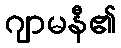
ဂျာမနီ၏